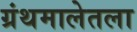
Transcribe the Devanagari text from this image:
ग्रंथमालेतला